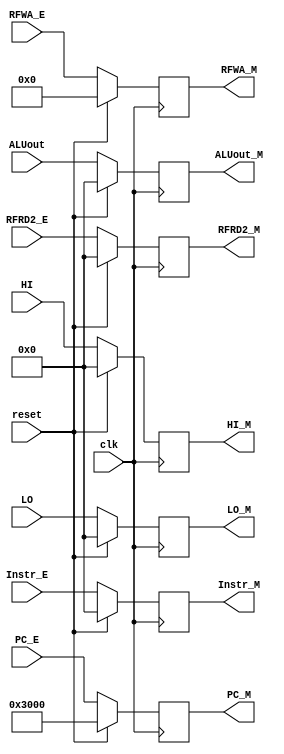
`timescale 1ns / 1ps
//////////////////////////////////////////////////////////////////////////////////
// Company: 
// Engineer: 
// 
// Design Name: 
// Module Name:    RegEM 
// Project Name: 
// Target Devices: 
// Tool versions: 
// Description: 
//
// Dependencies: 
//
// Revision: 
// Revision 0.01 - File Created
// Additional Comments: 
//
//////////////////////////////////////////////////////////////////////////////////
`default_nettype none
module RegEM(
	input wire clk,
	input wire reset,
	input wire [31:0] Instr_E,
	input wire [31:0] PC_E,
	input wire [4:0] RFWA_E,
	input wire [31:0] RFRD2_E,
	input wire [31:0] ALUout,
	input wire [31:0] HI,
	input wire [31:0] LO,
	output reg [31:0] Instr_M,
	output reg [31:0] PC_M,
	output reg [4:0] RFWA_M,
	output reg [31:0] ALUout_M,
	output reg [31:0] HI_M,
	output reg [31:0] LO_M,
	output reg [31:0] RFRD2_M
    );
	always @(posedge clk) begin
		if (reset) begin
			Instr_M <= 32'h00000000;
			PC_M <= 32'h00003000;
			RFWA_M <= 5'b00000;
			ALUout_M <= 32'h00000000;
			HI_M <= 32'h00000000;
			LO_M <= 32'h00000000;
			RFRD2_M <= 32'h00000000;
		end
		else begin
			Instr_M <= Instr_E;
			PC_M <= PC_E;
			RFWA_M <= RFWA_E;
			ALUout_M <= ALUout;
			HI_M <= HI;
			LO_M <= LO;
			RFRD2_M <= RFRD2_E;
		end
	end

endmodule